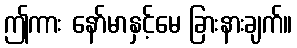
ဤကား နော်မာနှင့်မေ ခြားနားချက်။